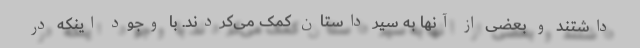
داشتند و بعضی از آنها به سیر داستان کمک می‌کردند. با وجود اینکه در